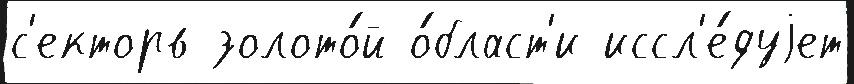
с'екторв золото́й о́бласт'и иссл'е́дуjет